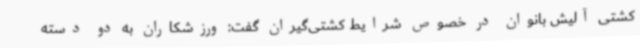
کشتی آلیش بانوان در خصوص شرایط کشتی‌گیران گفت: ورزشکاران به دو دسته